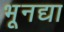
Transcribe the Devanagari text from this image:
भूनद्या